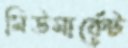
মিউমার্কেট